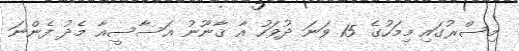
މިސްރުގައި މިމަހުގެ 15 ވަނަ ދުވަހު އާ ޤާނޫނު އަސާސީއާ މެދު ފެންނަ